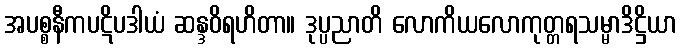
အပစ္စနီကပဋိပဒါယံ ဆန္ဒဝိရဟိတာ။ ဒုပ္ပညာတိ လောကိယလောကုတ္တရသမ္မာဒိဋ္ဌိယာ